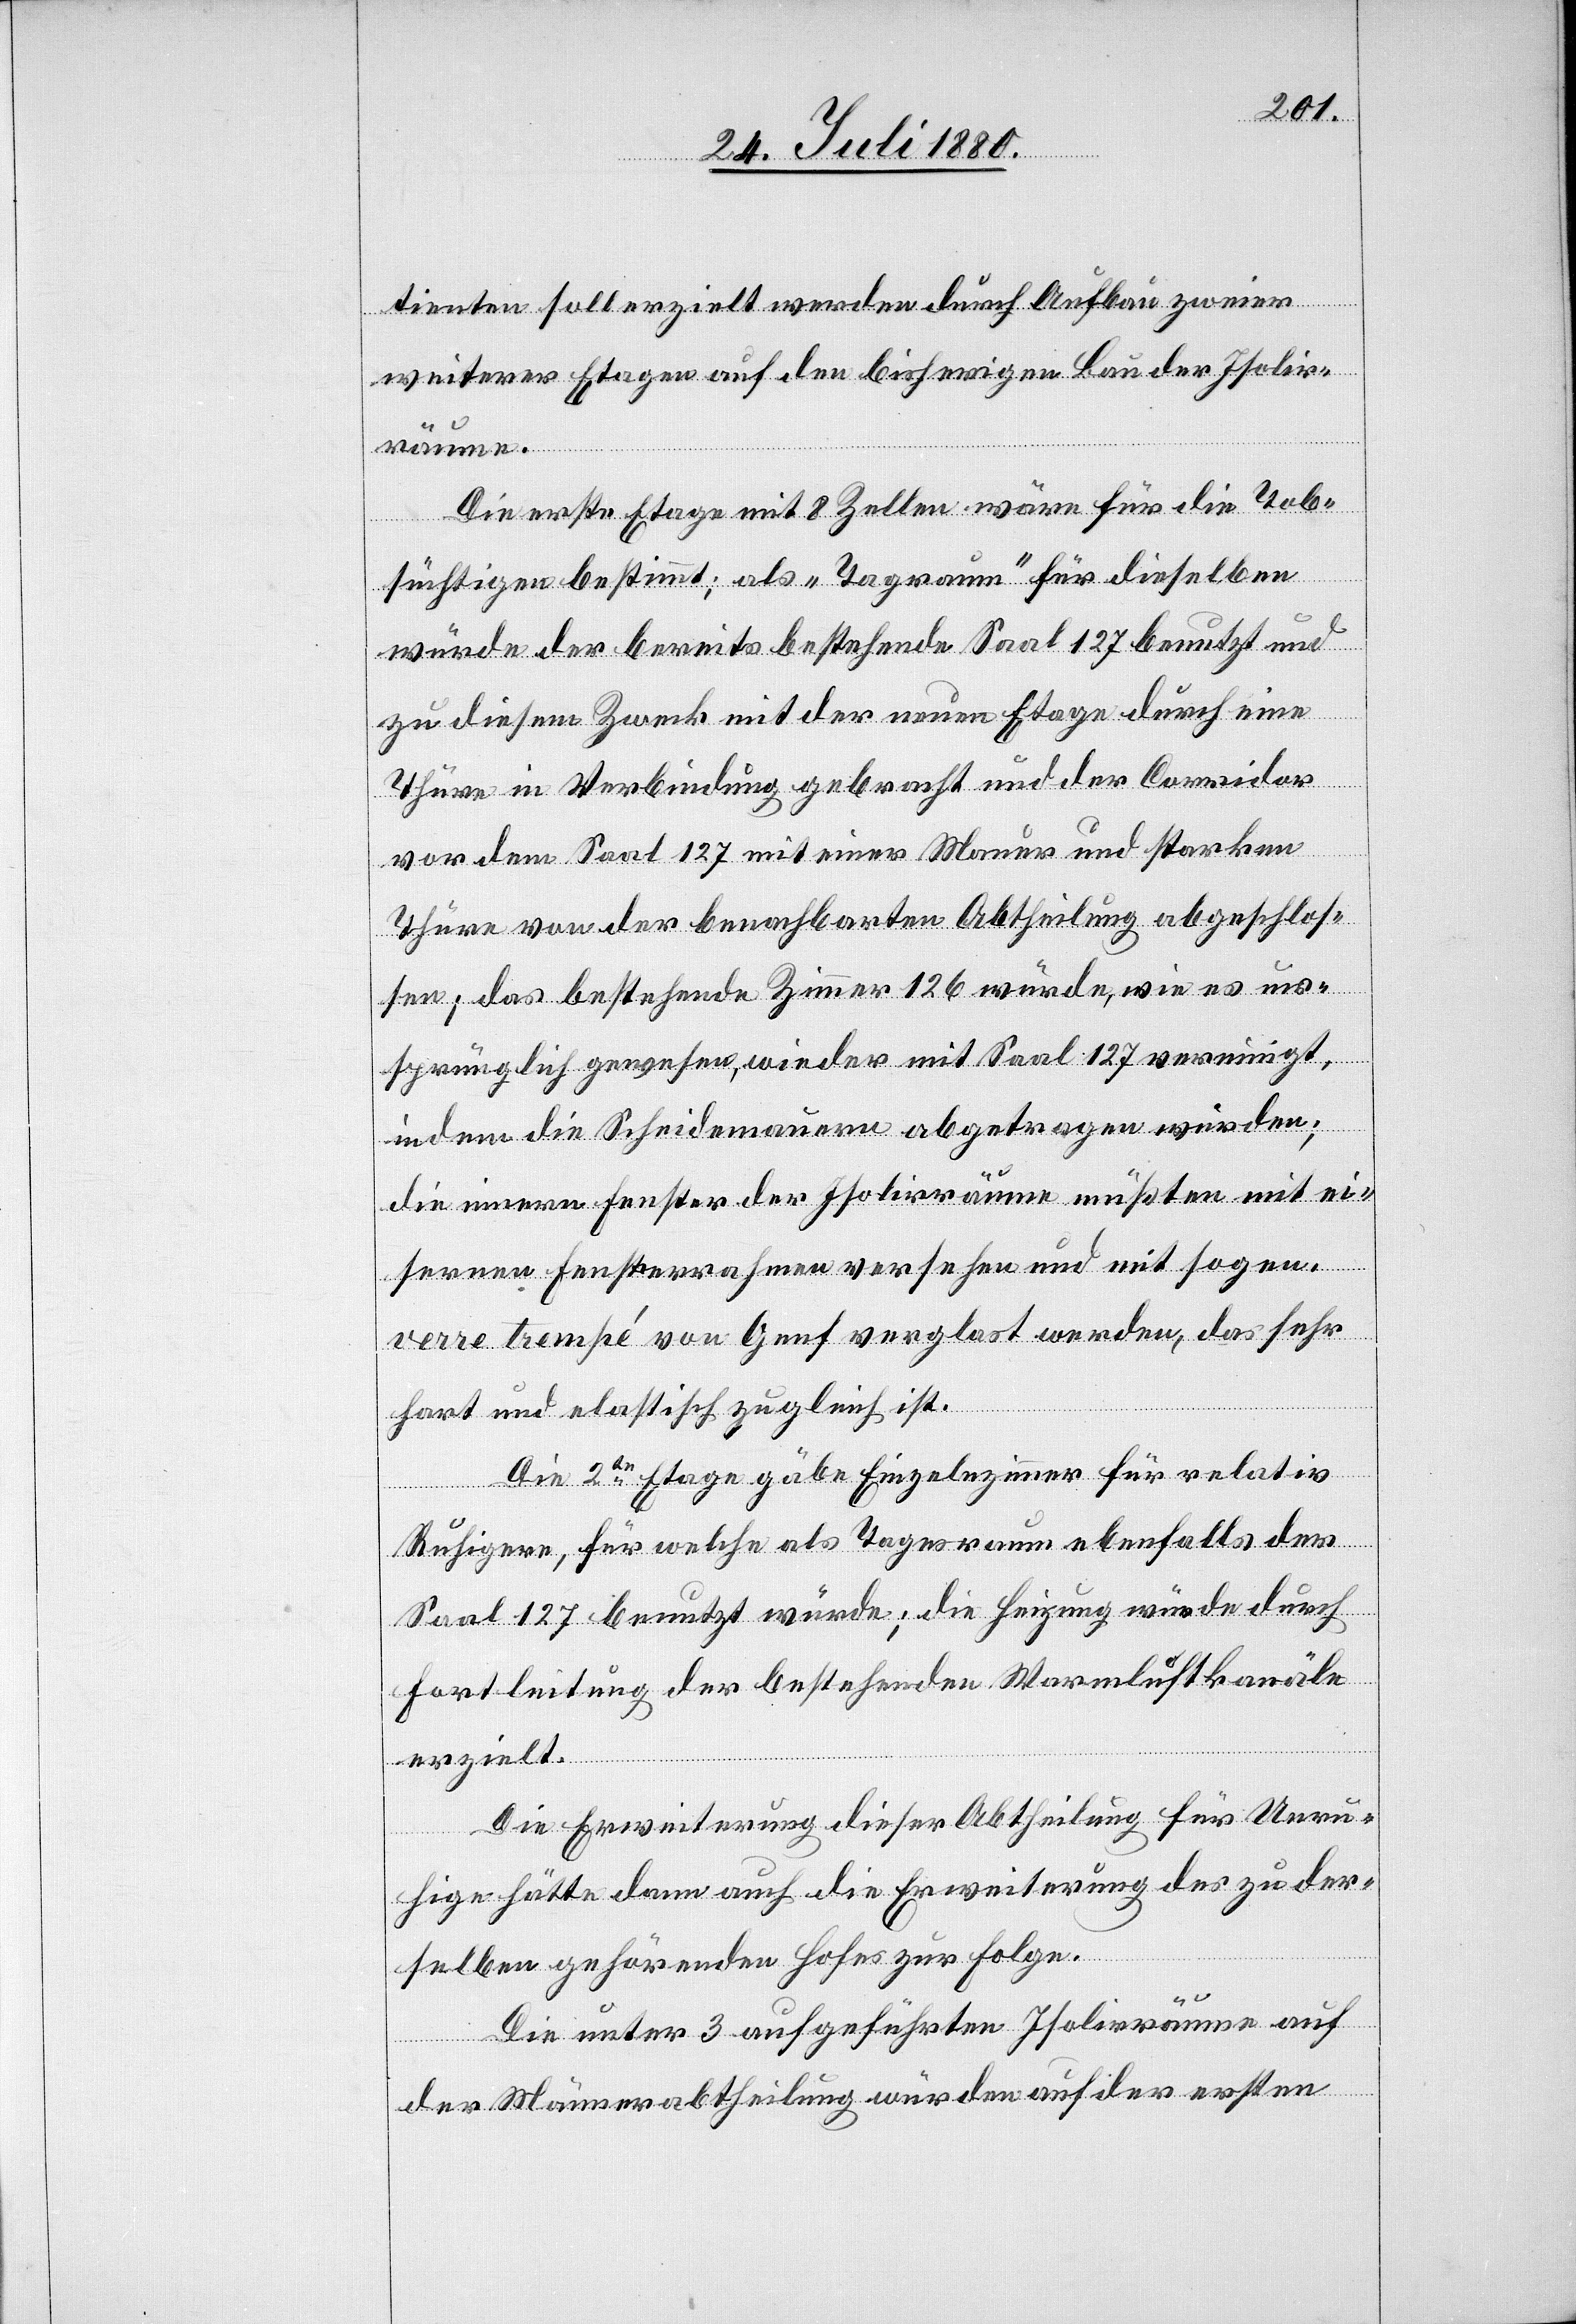
tienten soll erzielt werden durch Aufbau zweier
weiterer Etagen auf den bisherigen Bau der Isolirr¬
Die erste Etage mit 8 Zellen wäre für die Tob¬
süchtigen bestimmt; als „Tagraum“ für dieselben
würde der bereits bestehende Saal 127 benutzt und
zu diesem Zweck mit der neuen Etage durch eine
Thüre in Verbindung gebracht und der Corridor
vor dem Saal 127 mit einer Mauer und starken
Thüre von der Benachbarten Abtheilung abgeschlos¬
sen; das bestehende Zimmer 126 würde, wie es ur¬
äume.
sprünglich gewesen, wieder mit Saal 127 vereinigt,
indem die Scheidemauern abgetragen würden;
die innern Fenster der Isolirräume müßten mit ei¬
sernen Fensterrahmen versehen und mit sogen.
verre trempé von Genf verglast werden, das sehr
hart und elastisch zugleich ist.
Die 2te Etage gäbe Einzelzimmer für relativ
Ruhigere, für welche als Tagesraum ebenfalls der
Saal 127 benutzt würde; die Heizung würde durch
Fortleitung der bestehenden Warmluftkanäle
erzielt.
Die Erweiterung dieser Abtheilung für Unru¬
hige hätte dann auch die Erweiterung des zu der¬
selben gehörenden Hofes zur Folge.
Die unter 3 aufgeführten Isolirräume auf
der Männerabtheilung würden auf der ersten